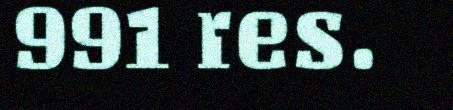
991 res.